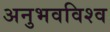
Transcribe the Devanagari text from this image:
अनुभवविश्‍व